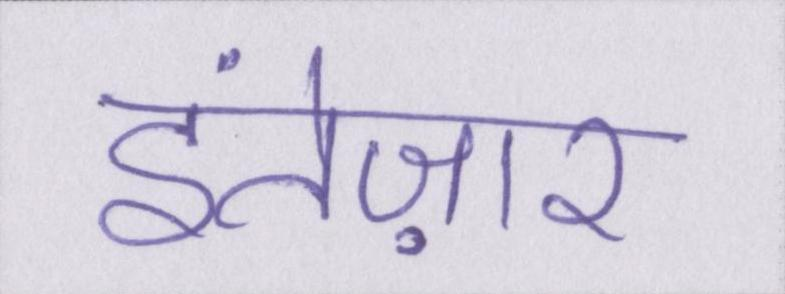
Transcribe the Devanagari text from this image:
इंतेज़ार